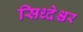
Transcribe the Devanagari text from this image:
सिध्देश्चर